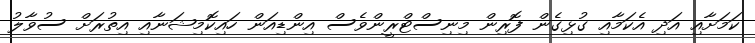
ކަމަށާއި އަދި އެކަމާއި ގުޅިގެން ފޮރިން މިނިސްޓްރީންވެސް އިންޑިއަން ހައިކޮމިޝަނާއި އިތުރަށް ސުވާލު